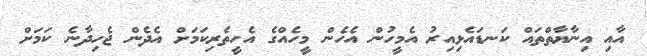
އާއި އިނާޔާތްތައް ކަނޑައެޅިއިރު އެމީހުން އެހެން މީހެއްގެ އެހީތެރިކަމަށް އެދެން ޖެހިދާނެ ކަމަށް